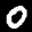
Label: 0